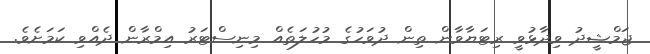
ޖަމްޝީދު ވިދާޅުވީ ރިޓަޔާވާން ތިން ދުވަހުގެ މުހުލަތެއް މިނިސްޓަރު އިމްރާން ދެއްވި ކަމަށެވެ.